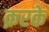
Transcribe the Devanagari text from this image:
क़रके